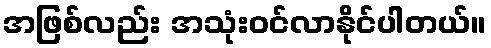
အဖြစ်လည်း အသုံးဝင်လာနိုင်ပါတယ်။